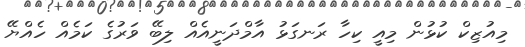
މިއުޒިކް ކުޅުން މިއީ ކިހާ ރަނގަޅު އާމްދަނީއެއް ލިބޭ ވަރުގެ ކަމެއް ހެއްޔޭ